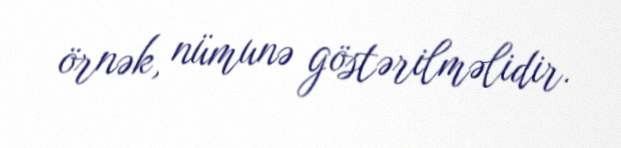
örnək, nümunə göstərilməlidir.